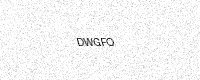
Text: DWGFO